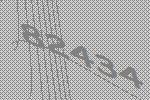
82434